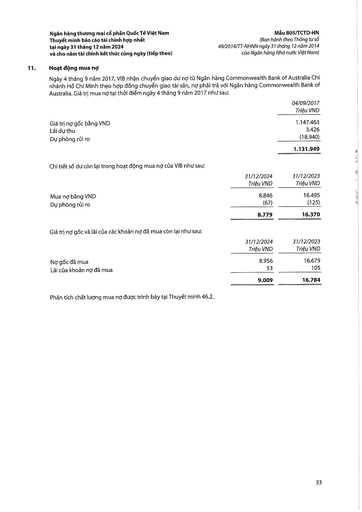
||04/09/2017 Triệu VND| |---|---| |Giá trị nợ gốc bằng VND|1.147.463| |Lãi dự thu|3.426| |Dự phòng rủi ro|(18.940)| ||1.131.949| ||31/12/2024 Triệu VND|31/12/2023 Triệu VND| |---|---|---| |Mua nợ bằng VND|8.846|16.495| |Dự phòng rủi ro|(67)|(125)| ||8.779|16.370| ||31/12/2024 Triệu VND|31/12/2023 Triệu VND| |---|---|---| |Nợ gốc đã mua|8.956|16.679| |Lãi của khoản nợ đã mua|53|105| ||9.009|16.784|